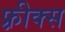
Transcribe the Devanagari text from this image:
फ़्रीक्स